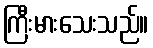
ကြီးမားသေးသည်။